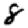
Digit: 8